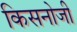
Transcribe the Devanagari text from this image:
किसनोजी